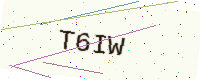
Text: T6IW